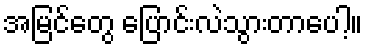
အမြင်တွေ ပြောင်းလဲသွားတာပေါ့။